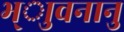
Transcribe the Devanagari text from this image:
भ्ाुवनानु